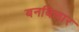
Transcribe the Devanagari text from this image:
बनबिलार